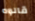
قالوه